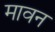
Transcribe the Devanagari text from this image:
मावन